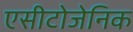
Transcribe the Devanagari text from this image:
एसीटोजेनिक